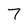
Character: 7